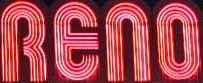
RENO